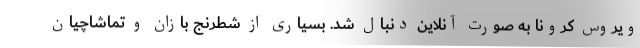
ویروس کرونا به صورت آنلاین دنبال شد. بسیاری از شطرنج بازان و تماشاچیان